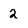
Character: 2